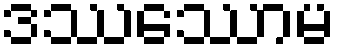
ဒဿေဿာမ